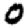
Digit: 0